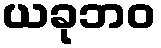
ယခုဘဝ